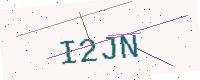
Text: I2JN